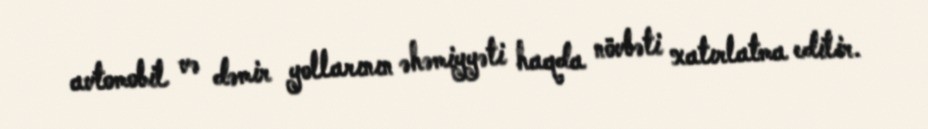
avtomobil və dəmir yollarının əhəmiyyəti haqda növbəti xatırlatma edilir.